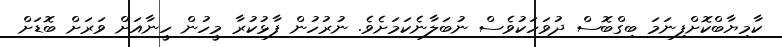
ކާމިޔާބްކޮށްފިނަމަ ބިގްބޮސް ދުވަހަކުވެސް ނުބަލާނެކަމަށެވެ. ނުރުހުން ފާޅުކުރާ މީހުން ހީނާއަށް ވަރަށް ބޮޑަށް